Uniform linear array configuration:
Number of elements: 4
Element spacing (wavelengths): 0.75
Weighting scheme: blackman
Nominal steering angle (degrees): -60
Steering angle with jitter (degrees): -59.552
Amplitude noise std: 0.05
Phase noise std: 0.05

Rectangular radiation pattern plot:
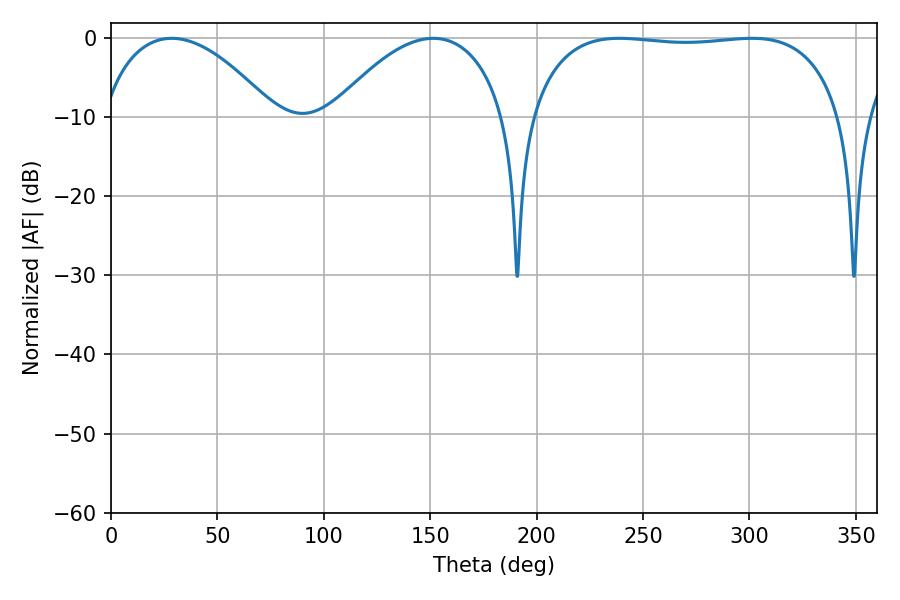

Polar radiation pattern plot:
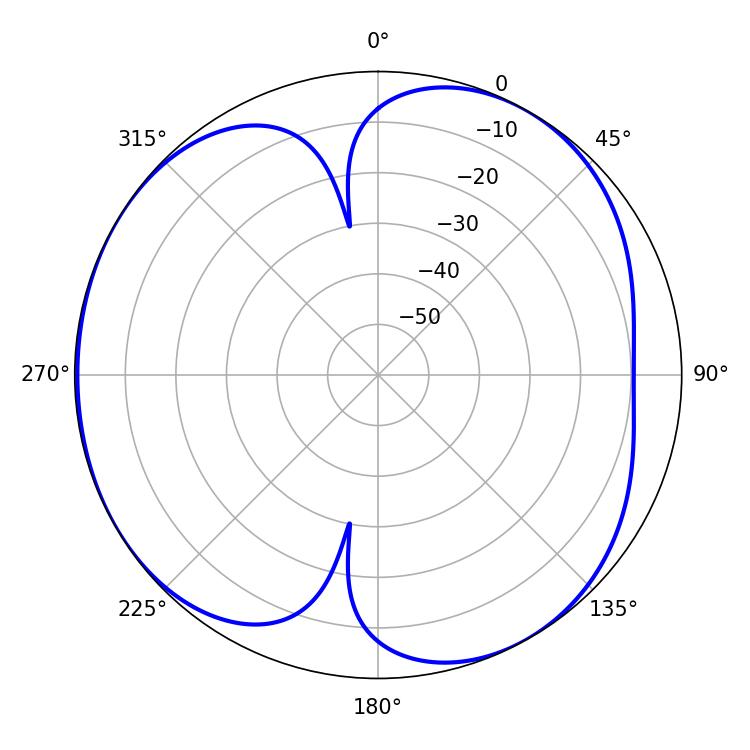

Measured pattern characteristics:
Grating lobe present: TRUE
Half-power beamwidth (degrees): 117
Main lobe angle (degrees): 238.86